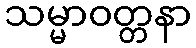
သမ္မာဝတ္တနာ